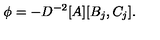
\phi = - D ^ { - 2 } [ A ] [ B _ { j } , C _ { j } ] .